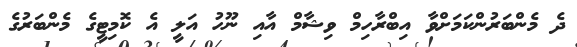
ދެ މެންބަރުންކަމަށްވާ އިބްރާހިމް ވިޝާމް އާއި ނޫހު އަލީ އެ ކޮމިޓީގެ މެންބަރުގެ